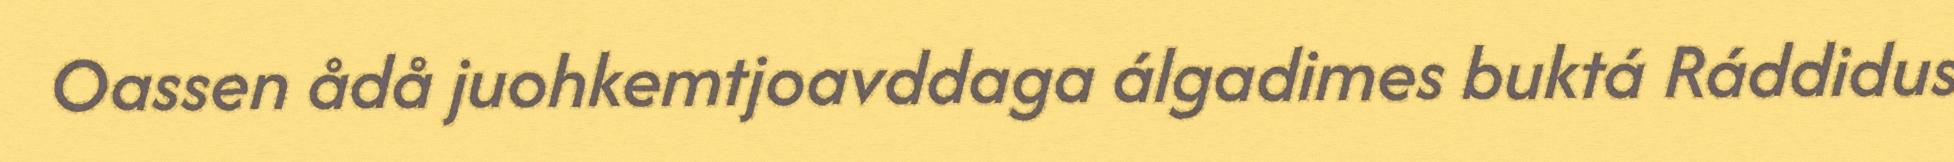
Oassen ådå juohkemtjoavddaga álgadimes buktá Ráddidus